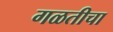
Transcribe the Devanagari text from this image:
गळतीचा